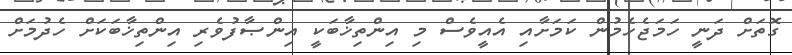
ގޮތަށް ދަނީ ހަމަޖެހެމުން ކަމަށާއި އެއީވެސް މި އިންތިޚާބަކީ އިންޞާފުވެރި އިންތިޚާބަކަށް ހެދުމަށް